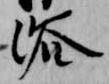
浴